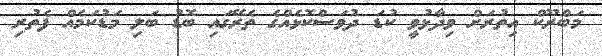
މަބްރޫކް އިތުރަށް ވިދާޅުވީ ކުޑަ ދުވަސްކޮޅެއްގެ ތެރޭގައި ބޮޑު ބަލި މަޑުކަމެއް ފެތުރި